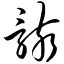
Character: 骸